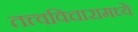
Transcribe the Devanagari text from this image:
तत्त्वविचारामध्ये